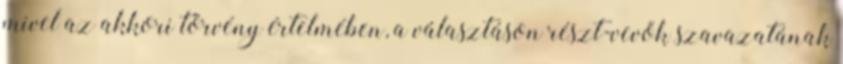
mivel az akkori törvény értelmében, a választáson részt-vevők szavazatának